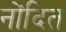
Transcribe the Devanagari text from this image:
नोंदित